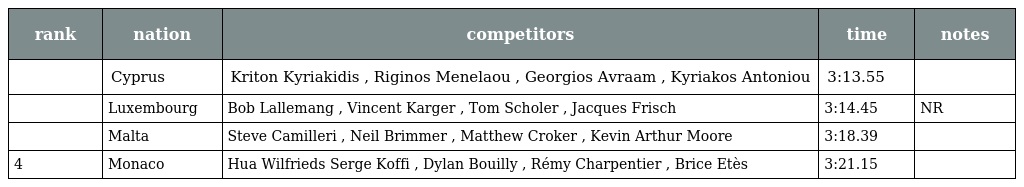
| rank | nation | competitors | time | notes |
 | --- | --- | --- | --- | --- |
 |  | Cyprus | Kriton Kyriakidis , Riginos Menelaou , Georgios Avraam , Kyriakos Antoniou | 3:13.55 |  |
 |  | Luxembourg | Bob Lallemang , Vincent Karger , Tom Scholer , Jacques Frisch | 3:14.45 | NR |
 |  | Malta | Steve Camilleri , Neil Brimmer , Matthew Croker , Kevin Arthur Moore | 3:18.39 |  |
 | 4 | Monaco | Hua Wilfrieds Serge Koffi , Dylan Bouilly , Rémy Charpentier , Brice Etès | 3:21.15 |  |